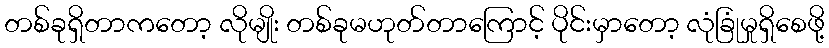
တစ်ခုရှိတာကတော့ လိုမျိုး တစ်ခုမဟုတ်တာကြောင့် ပိုင်းမှာတော့ လုံခြုံမှုရှိစေဖို့